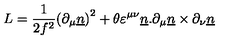
L = { \frac { 1 } { 2 { f } ^ { 2 } } } { ( \partial _ { \mu } { \underline { n } } ) } ^ { 2 } + { \theta } { { \varepsilon } ^ { \mu \nu } } { \underline { n } } . { \partial _ { \mu } { \underline { n } } } \times { \partial _ { \nu } { \underline { n } } }